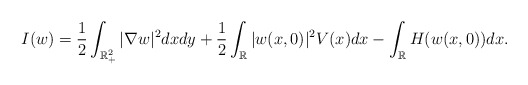
\begin{align*}I(w)=\frac{1}{2}\int_{\mathbb {R}^2_+}|\nabla w|^2dxdy+\frac{1}{2}\int_{\mathbb {R}}|w(x,0)|^2 V(x) dx-\int_{\mathbb {R}} H(w(x,0))dx.\end{align*}